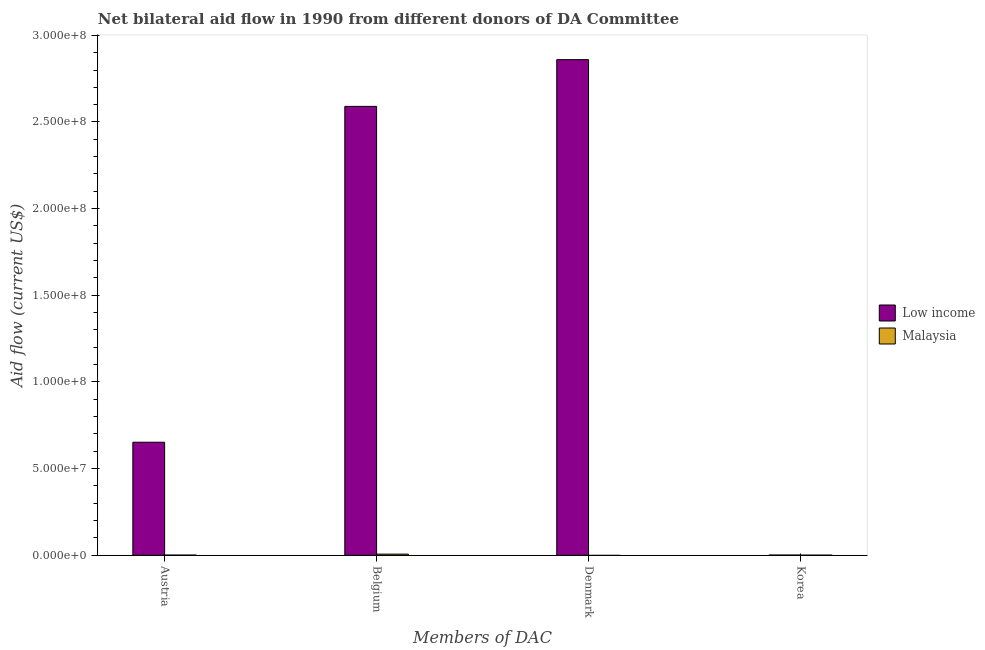
| Members of DAC | Low income | Malaysia |
 | --- | --- | --- |
 | Austria | 6.52e+07 | 9e+04 |
 | Belgium | 2.59e+08 | 6.5e+05 |
 | Denmark | 2.86e+08 | -2.7e+05 |
 | Korea | 1.1e+05 | 5e+04 |